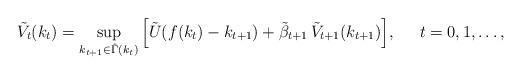
LaTeX: \begin{align*}\tilde{V}_t(k_t)= \sup_{k_{t+1} \in \hat{\Gamma}(k_t)}\Big[\tilde{U}(f(k_t)-k_{t+1})+\tilde{\beta}_{t+1}\,\tilde{V}_{t+1}(k_{t+1})\Big],& & t=0,1,\ldots,\end{align*}